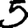
Digit: 5